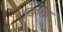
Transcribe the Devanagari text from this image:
विरिध